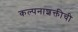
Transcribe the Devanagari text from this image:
कल्पनाशक्तीची